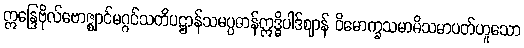
ဣန္ဒြေဗိုလ်ဗောဇ္ဈာင်မဂ္ဂင်သတိပဋ္ဌာန်သမပ္ပဓာန်ဣဒ္ဓိပါဒ်ဈာန် ဝိမောက္ခသမာဓိသမာပတ်ဟူသော